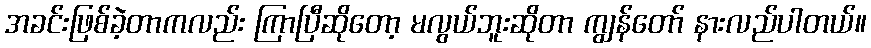
အခင်းဖြစ်ခဲ့တာကလည်း ကြာပြီဆိုတော့ မလွယ်ဘူးဆိုတာ ကျွန်တော် နားလည်ပါတယ်။